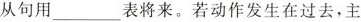
从句用___表将来。若动作发生在过去，主